Newspaper: The Wheeling daily intelligencer. [volume]
Place of publication: Wheeling, W. Va.
Publisher: Campbell & M'Dermot
Date: 1870-08-12 00:00:00
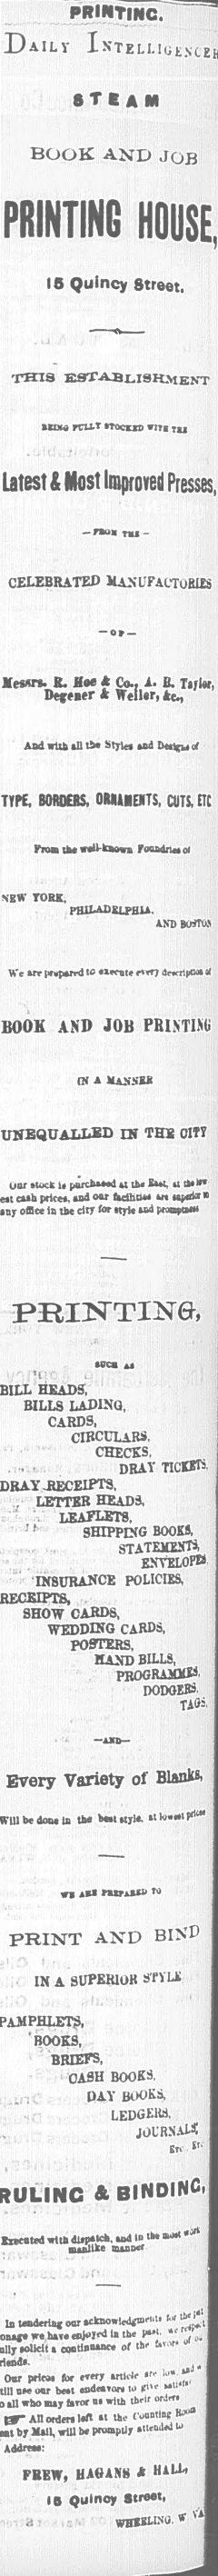
Advertisement text (OCR):
PRINTINC. steam BOOK AND JOB IS Qulncy Street. THIS ESTABLISHMENT ?UX? fCttT tTOCUD *ITI ?U & Most Improved Presses, CELEBRATED ? o? ? K. H* * Co., 1. B. TifUr, Dtftatr k WetUr, Ac., And wtife til Style* of BOMBS. OUilUTS, CUTS, nc PlOB tlttiraU-kaova roudn?of TORK. PHILADELPHIA. ANDBOOTOS We &Tr I*rvp*rrd t? *Xtc*tte*rrj dr*tipCd?a( AND JOB PRIMING m A Mix.su in ths oitt oar stock u pordMMd u U? K**t, a t*** cub price*, aod oar fcdhuw wi u^t n njr office in tbe dty tor ityl* ud FraapotN wa u 'i heads, bills lading, cards, circulars. checks, < dray took receipts, letter heads, leaflets. SHIPPING BOOKS, STATEMENT* ENVELOPS INSURANCE POLICIES, SHOW CARDS, WEDDING CARDS, POSTERS, HAND BILLS, programme DODGE? TiOi I ?A*|>Every Variety of Blanks. be done in the best ?yJ?. *t vi iU ntriui' to A VRI\P XTA f IN A SUPEKlOK snLii BOOKS, I BRIEFS, CASH BOOKS. DAY BOOKS, LEDGE1U, JOCRNAW A ?ti? dlijxldl. tod lo " ? ?< ,jn ip>n"*? oiAcocr H Ill uederiitf oar icknowlcdfisriiK we hav? enjoyed ia the l??i. tolkll > eaatiguim or ih' !?> *' J prtaM Air tiny artWc " I-' "J * n*? uor be*t ?nd?Ton to in" mii"1' I >11 who nay ?mor ? with thnr onlm Atl ordm l?n at u,r (voatlnf to" by Mall, will tx prun^tly ?tlruJ?l u H FBEW, H.iOANH k U1IX, IB Qulnoy Street, '
Label: text-only